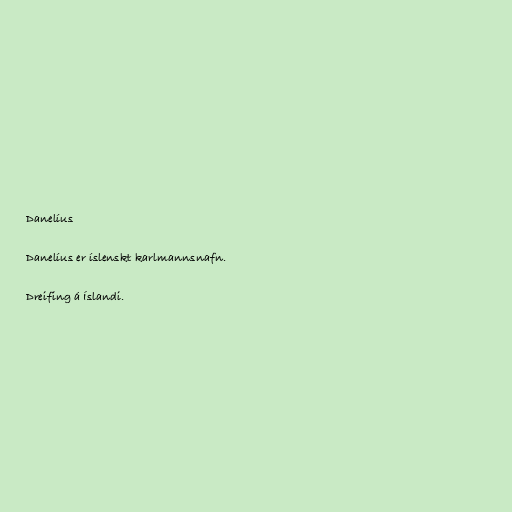
Danelíus

Danelíus er íslenskt karlmannsnafn.

Dreifing á Íslandi.